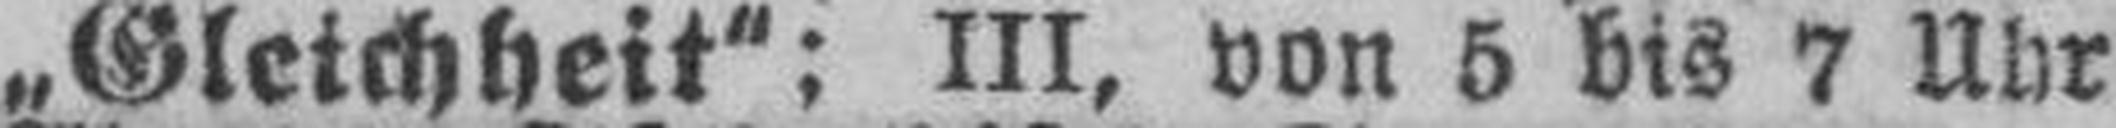
„Gleichheit“: III, von 5 bis 7 Uhr